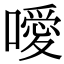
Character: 噯